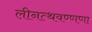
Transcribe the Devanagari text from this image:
लीनत्थवण्णणा